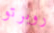
روبرتو